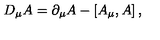
D _ { \mu } A = \partial _ { \mu } A - \left[ A _ { \mu } , A \right] ,